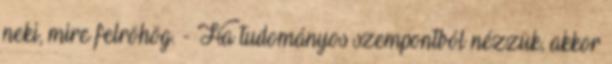
neki, mire felröhög. - Ha tudományos szempontból nézzük, akkor